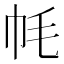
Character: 𫷀